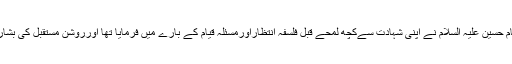
اسی بنا پرامام حسین علیہ السلام نے اپنی شہادت سےکچھ لمحے قبل فلسفہ انتظاراورمسئلہ قیام کے بارے میں فرمایا تھا اورروشن مستقبل کی بشارت دی تھی۔